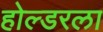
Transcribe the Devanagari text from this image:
होल्डरला